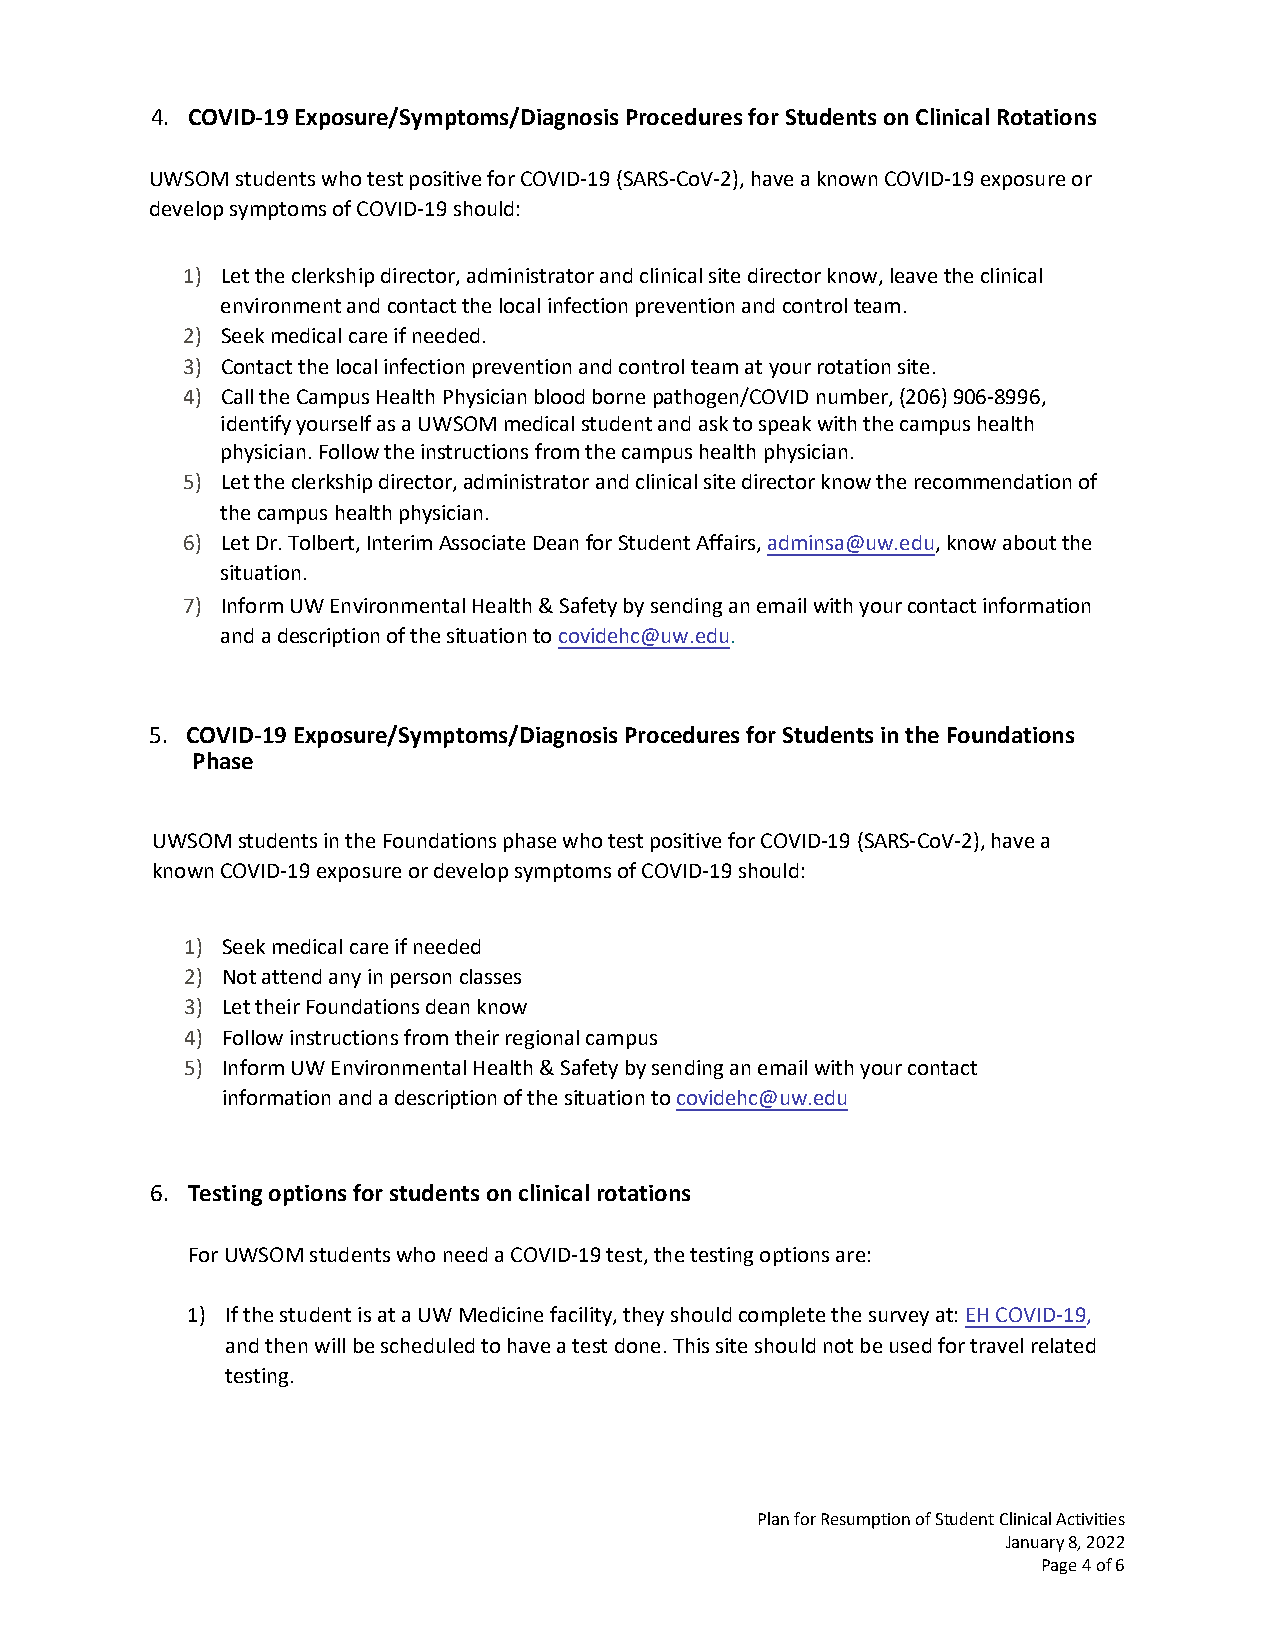
4. COVID-19 Exposure/Symptoms/Diagnosis Procedures for Students on Clinical Rotations
 UWSOM students who test positive for COVID-19 (SARS-CoV-2), have a known COVID-19 exposure or
 develop symptoms of COVID-19 should:
 1) Let the clerkship director, administrator and clinical site director know, leave the clinical
 environment and contact the local infection prevention and control team.
 2) Seek medical care if needed.
 3) Contact the local infection prevention and control team at your rotation site.
 4) Call the Campus Health Physician blood borne pathogen/COVID number, (206) 906-8996,
 identify yourself as a UWSOM medical student and ask to speak with the campus health
 physician. Follow the instructions from the campus health physician.
 5) Let the clerkship director, administrator and clinical site director know the recommendation of
 the campus health physician.
 6) Let Dr. Tolbert, Interim Associate Dean for Student Affairs, adminsa@uw.edu, know about the
 situation.
 7) Inform UW Environmental Health & Safety by sending an email with your contact information
 and a description of the situation to covidehc@uw.edu.
 5. COVID-19 Exposure/Symptoms/Diagnosis Procedures for Students in the Foundations
 Phase
 UWSOM students in the Foundations phase who test positive for COVID-19 (SARS-CoV-2), have a
 known COVID-19 exposure or develop symptoms of COVID-19 should:
 1) Seek medical care if needed
 2) Not attend any in person classes
 3) Let their Foundations dean know
 4) Follow instructions from their regional campus
 5) Inform UW Environmental Health & Safety by sending an email with your contact
 information and a description of the situation to covidehc@uw.edu
 6. Testing options for students on clinical rotations
 For UWSOM students who need a COVID-19 test, the testing options are:
 1) If the student is at a UW Medicine facility, they should complete the survey at: EH COVID-19,
 and then will be scheduled to have a test done. This site should not be used for travel related
 testing.
 Plan for Resumption of Student Clinical Activities
 January 8, 2022
 Page 4 of 6